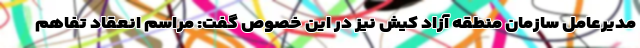
مدیرعامل سازمان منطقه آزاد کیش نیز در این خصوص گفت: مراسم انعقاد تفاهم